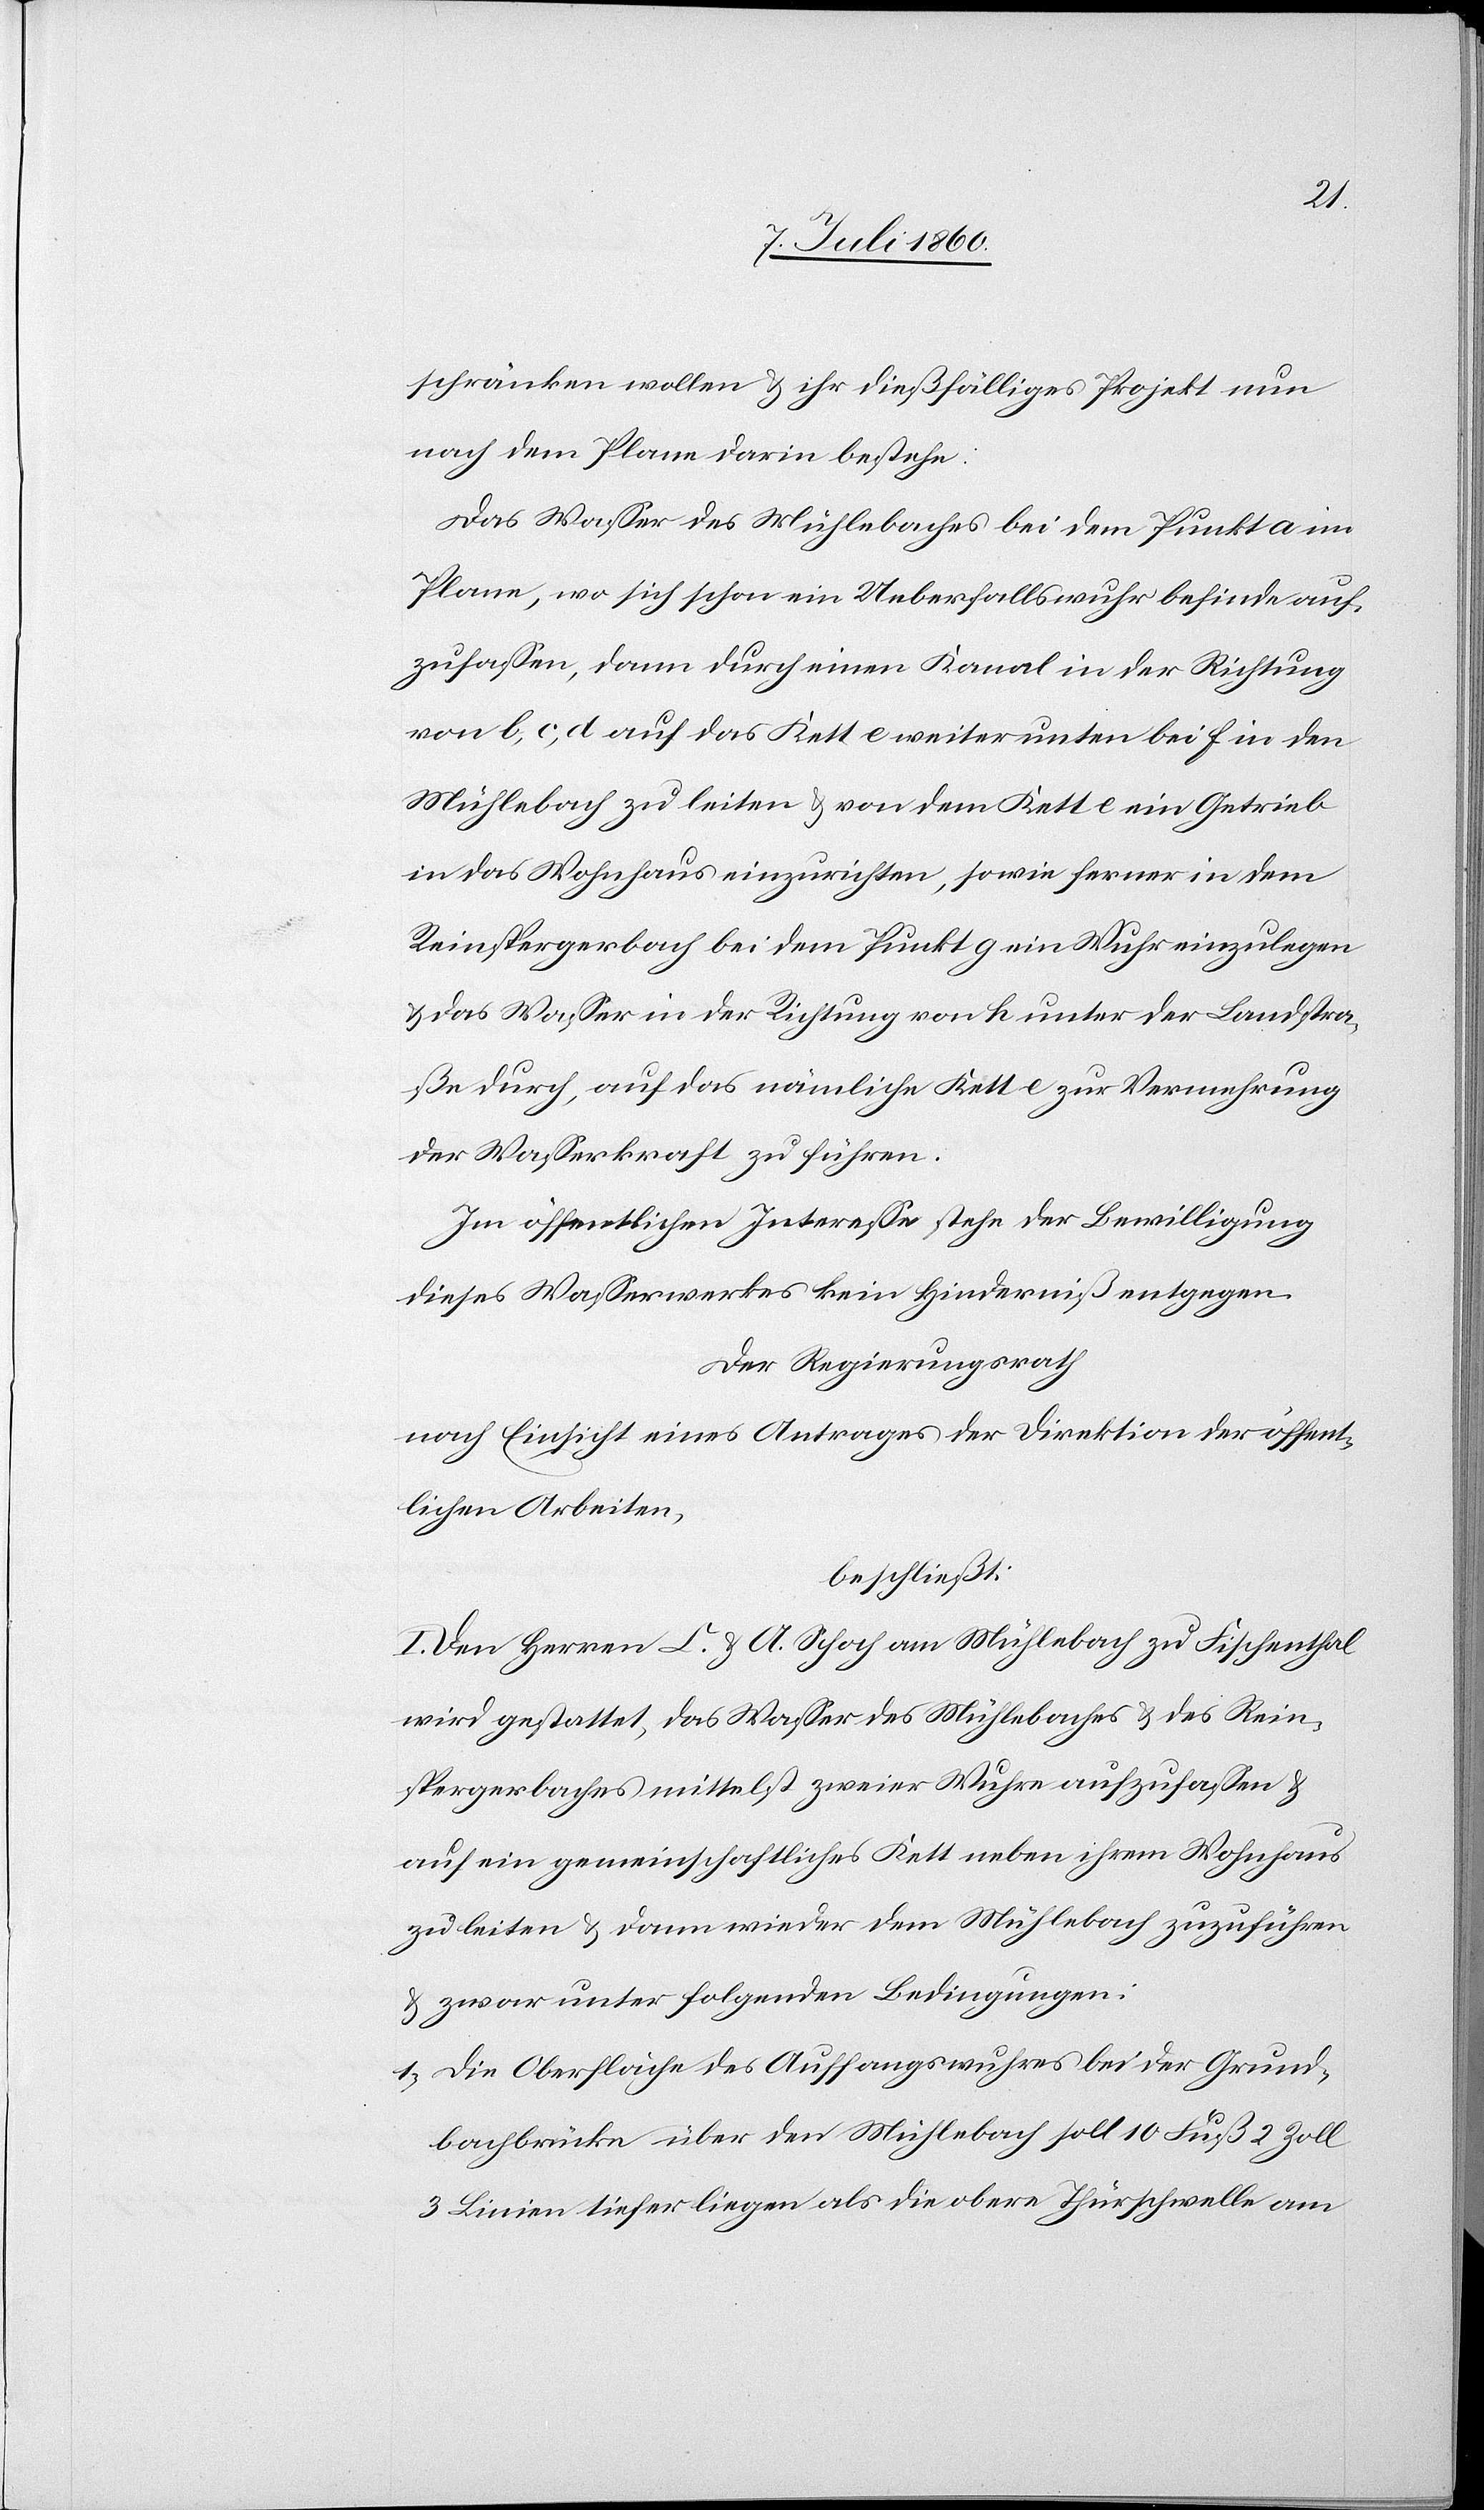
schränken wollen & ihr dießfälliges Projekt nun
nach dem Plane darin bestehe:
Das Wasser des Mühlebaches bei dem Punkt a im
Plane, wo sich schon ein Ueberfallswuhr befinde auf¬
zufassen, dann durch einen Kanal in der Richtung
von b, c, d auf das Kett e weiter unten bei f in den
Mühlebach zu leiten & von dem Kett e ein Getrieb
in das Wohnhaus einzurichten, sowie ferner in dem
Reinspergerbach bei dem Punkt g ein Wuhr einzulegen
& das Wasser in der Richtung von h unter der Landstra¬
ße durch, auf das nämliche Kett e zu Vermehrung
der Wasserkraft zu führen.
Im öffentlichen Interesse stehe der Bewilligung
dieses Wasserwerkes kein Hinderniß entgegen.
Der Regierungsrath
nach Einsicht eines Antrages der Direktion der öffent¬
lichen Arbeiten,
beschließt:
I. Den Herren C. & A. Schoch am Mühlebach zu Fischenthal
wird gestattet, das Wasser des Mühlebaches & des Rein¬
spergerbaches mittelst zweier Wuhre aufzufassen &
auf ein gemeinschaftliches Kett neben ihrem Wohnhaus
zu leiten & dann wieder dem Mühlebach zuzuführen
& zwar unter folgenden Bedingungen:
1. Die Oberfläche des Auffangswuhres bei der Grund¬
bachbrücke über den Mühlebach soll 10 Fuß 2 Zoll
3 Linien tiefer liegen als die obere Thürschwelle am